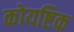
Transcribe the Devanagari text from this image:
कोयष्टिक